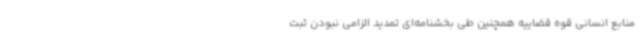
منابع انسانی قوه قضاییه همچنین طی بخشنامه‌ای تمدید الزامی نبودن ثبت